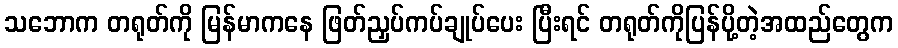
သဘောက တရုတ်ကို မြန်မာကနေ ဖြတ်ညှပ်ကပ်ချုပ်ပေး ပြီးရင် တရုတ်ကိုပြန်ပို့တဲ့အထည်တွေက